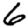
Digit: 6